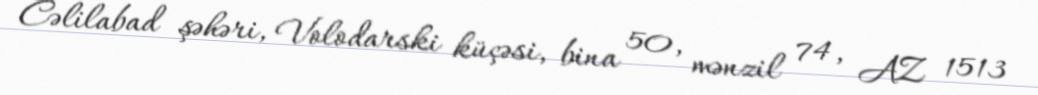
Cəlilabad şəhəri, Volodarski küçəsi, bina 50, mənzil 74, AZ 1513